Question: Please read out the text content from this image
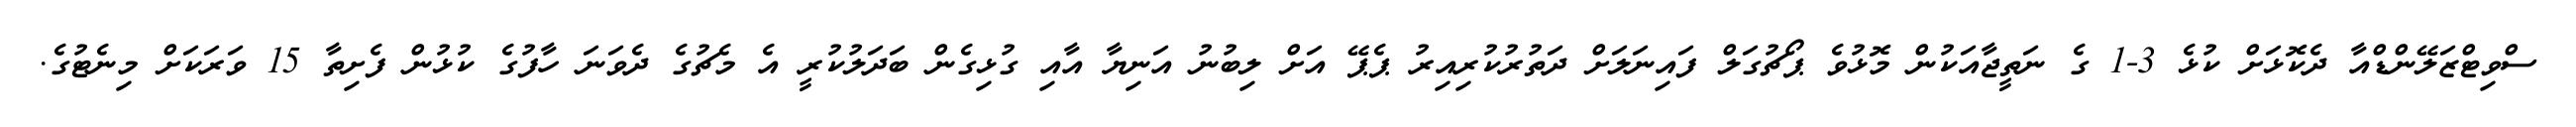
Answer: ސްވިޓްޒަލޭންޑްއާ ދެކޮޅަށް ކުޅެ 3-1 ގެ ނަތީޖާއަކުން މޮޅުވެ ޕޯޗުގަލް ފައިނަލަށް ދަތުރުކުރިއިރު ޕެޕޭ އަށް ލިބުނު އަނިޔާ އާއި ގުޅިގެން ބަދަލުކުރީ އެ މެޗުގެ ދެވަނަ ހާފުގެ ކުޅުން ފެށިތާ 15 ވަރަކަށް މިނެޓުގެ.